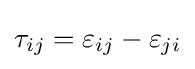
\tau _{ij}=\varepsilon _{ij}-\varepsilon _{ji}